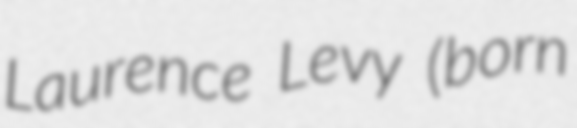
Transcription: Laurence Levy (born